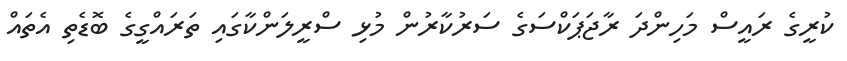
ކުރީގެ ރައީސް މަހިންދަ ރާޖަޕަކްސަގެ ސަރުކާރުން މުޅި ސްރީލަންކާގައި ތަރައްގީގެ ބޮޑެތި އެތައް